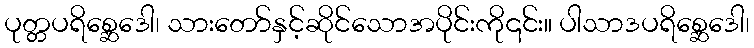
ပုတ္တပရိစ္ဆေဒေါ၊ သားတော်နှင့်ဆိုင်သောအပိုင်းကို၎င်း။ ပါသာဒပရိစ္ဆေဒေါ၊